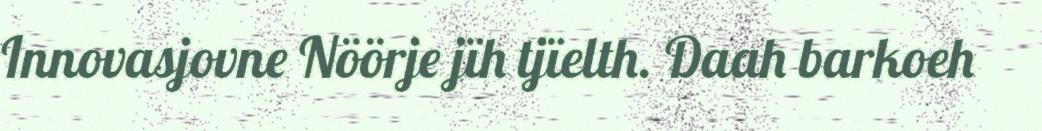
Innovasjovne Nöörje jïh tjïelth. Daah barkoeh